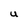
Character: U